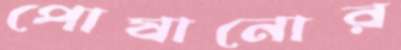
পোষানোর